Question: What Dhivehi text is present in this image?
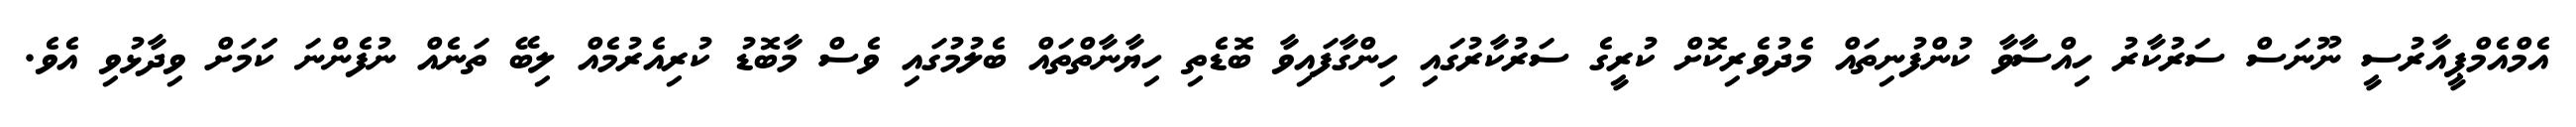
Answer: އެމްއެމްޕީއާރުސީ ނޫނަސް ސަރުކާރު ހިއްސާވާ ކުންފުނިތައް މެދުވެރިކޮށް ކުރީގެ ސަރުކާރުގައި ހިންގާފައިވާ ބޮޑެތި ހިޔާނާތްތައް ބެލުމުގައި ވެސް މާބޮޑު ކުރިއެރުމެއް ލިބޭ ތަނެއް ނުފެންނަ ކަަމަށް ވިދާޅުވި އެވެ.